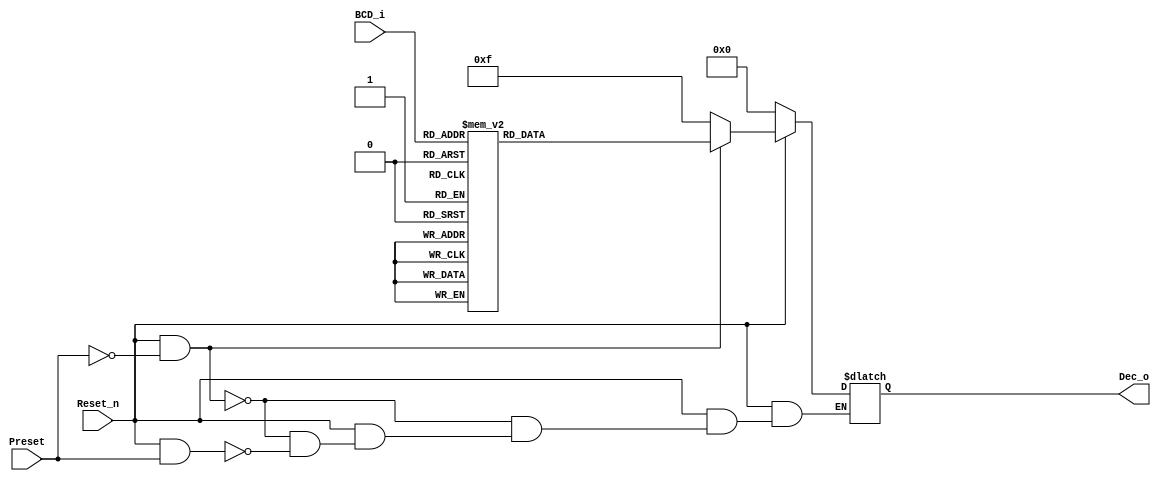
module BCD(BCD_i,Reset_n,Preset,Dec_o);
input [3:0] BCD_i;
input Reset_n,Preset;
output reg[9:0] Dec_o;
always@(BCD_i or Reset_n or Preset,Dec_o)begin
	if(Reset_n == 1'd0)Dec_o = 10'b0000000000;
	else if(Reset_n == 1'd1 && Preset == 1'd0)begin
			case(BCD_i)
				4'b0000:Dec_o = 10'b1111111110;
				4'b0001:Dec_o = 10'b1111111101;
				4'b0010:Dec_o = 10'b1111111011;
				4'b0011:Dec_o = 10'b1111110111;
				4'b0100:Dec_o = 10'b1111101111;
				4'b0101:Dec_o = 10'b1111011111;
				4'b0110:Dec_o = 10'b1110111111;
				4'b0111:Dec_o = 10'b1101111111;
				4'b1000:Dec_o = 10'b1011111111;
				4'b1001:Dec_o = 10'b0111111111;
				4'b1010:Dec_o = 10'b1111111111;
				default Dec_o = 10'b1111111111;
				endcase
	end else if(Reset_n == 1'd1 && Preset == 1'd1)Dec_o = 10'b0000001111;
end
endmodule